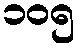
၁၀၅